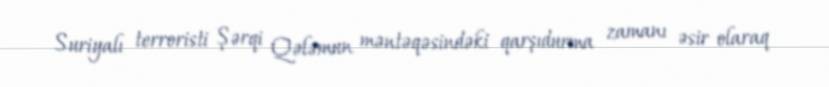
Suriyalı terroristi Şərqi Qələmun məntəqəsindəki qarşıdurma zamanı əsir olaraq